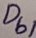
Text: Db1